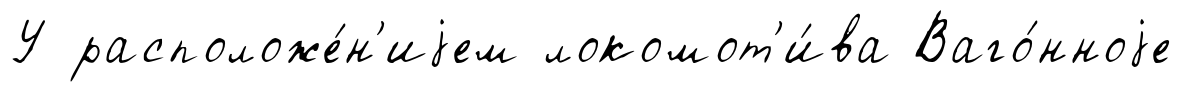
У расположе́н'иjем локомот'и́ва Ваго́нноjе